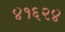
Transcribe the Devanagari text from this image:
४१६२४